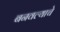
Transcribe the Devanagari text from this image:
बनवल्याचे